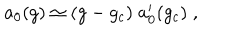
a _ { 0 } ( g ) \simeq ( g - g _ { c } ) \; a _ { 0 } ^ { \prime } ( g _ { c } ) \; ,